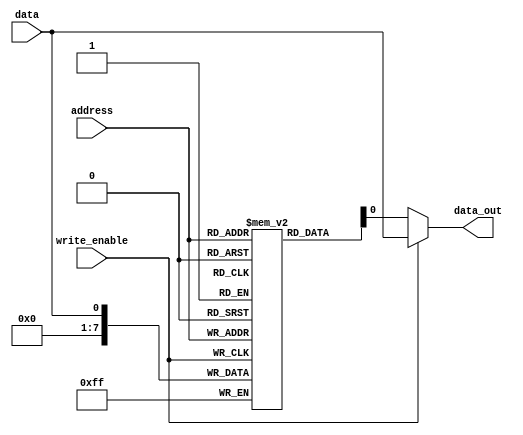
module MemoryBlocks_DRAM(
    input [7:0] address,
    input data,
    input write_enable,
    output reg data_out
);

// Memory Array
reg [7:0] memory_array [0:255];

// Row Decoder
reg [7:0] row_address;
always @(*) begin
    row_address = address[7:0];
end

// Column Decoder
reg [7:0] column_address;
always @(*) begin
    column_address = address[15:8];
end

// Sense Amplifiers

// Write Circuitry
always @(posedge write_enable) begin
    if (write_enable) begin
        memory_array[address] <= data;
    end
end

// Control Logic
always @(*) begin
    if (write_enable) begin
        data_out <= data;
    end else begin
        data_out <= memory_array[address];
    end
end

endmodule